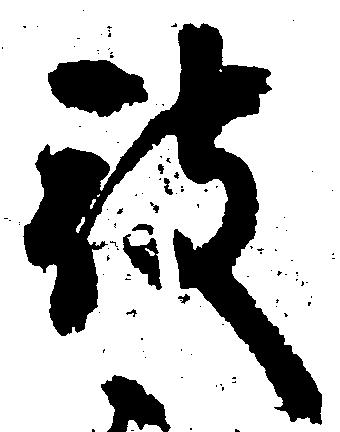
被